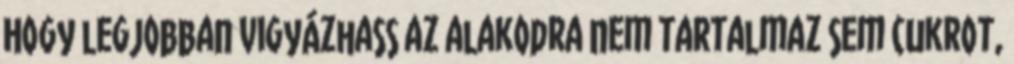
Hogy legjobban vigyázhass az alakodra nem tartalmaz sem cukrot,